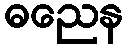
ဓညေန